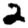
Digit: 2